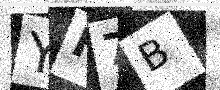
Text: YH7B